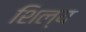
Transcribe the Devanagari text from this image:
शिल्य